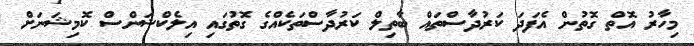
މިހާރު އޮތް ގޮތުން އެފަދަ ކަރުދާސްތައް ބާތިލް ކަރުދާސްތަކެއްގެ ގޮތުގައި އިލެކްޝަންސް ކޮމިޝަނަށް